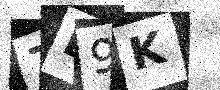
Text: 7B9K